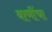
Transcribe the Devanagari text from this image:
वाणींचा